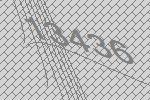
13436